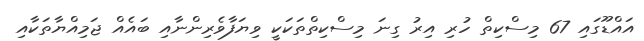
އައްޑޫގައި 67 މިސްކިތް ހުރި އިރު ގިނަ މިސްކިތްތަކަކީ ވިޔަފާވެރިންނާއި ބައެއް ޖަމިއްޔާތަކާއި